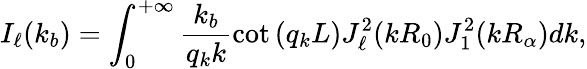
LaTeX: I_{\ell}(k_{b})=\int_{0}^{+\infty}\frac{k_{b}}{q_{k}k}\cot{(q_{k}L)}J_{\ell}^{2}(kR_{0})J_{1}^{2}(kR_{\alpha})dk,